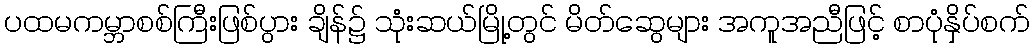
ပထမကမ္ဘာစစ်ကြီးဖြစ်ပွား ချိန်၌ သုံးဆယ်မြို့တွင် မိတ်ဆွေများ အကူအညီဖြင့် စာပုံနှိပ်စက်